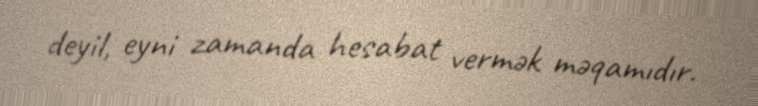
deyil, eyni zamanda hesabat vermək məqamıdır.